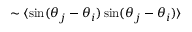
\sim \langle \mathrm { s i n } ( \theta _ { j } - \theta _ { i } ) \, \mathrm { s i n } ( \theta _ { j } - \theta _ { i } ) \rangle